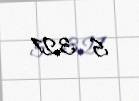
5 321